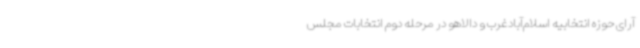
آرای حوزه انتخابیه اسلام‌آبادغرب و دالاهو در مرحله دوم انتخابات مجلس